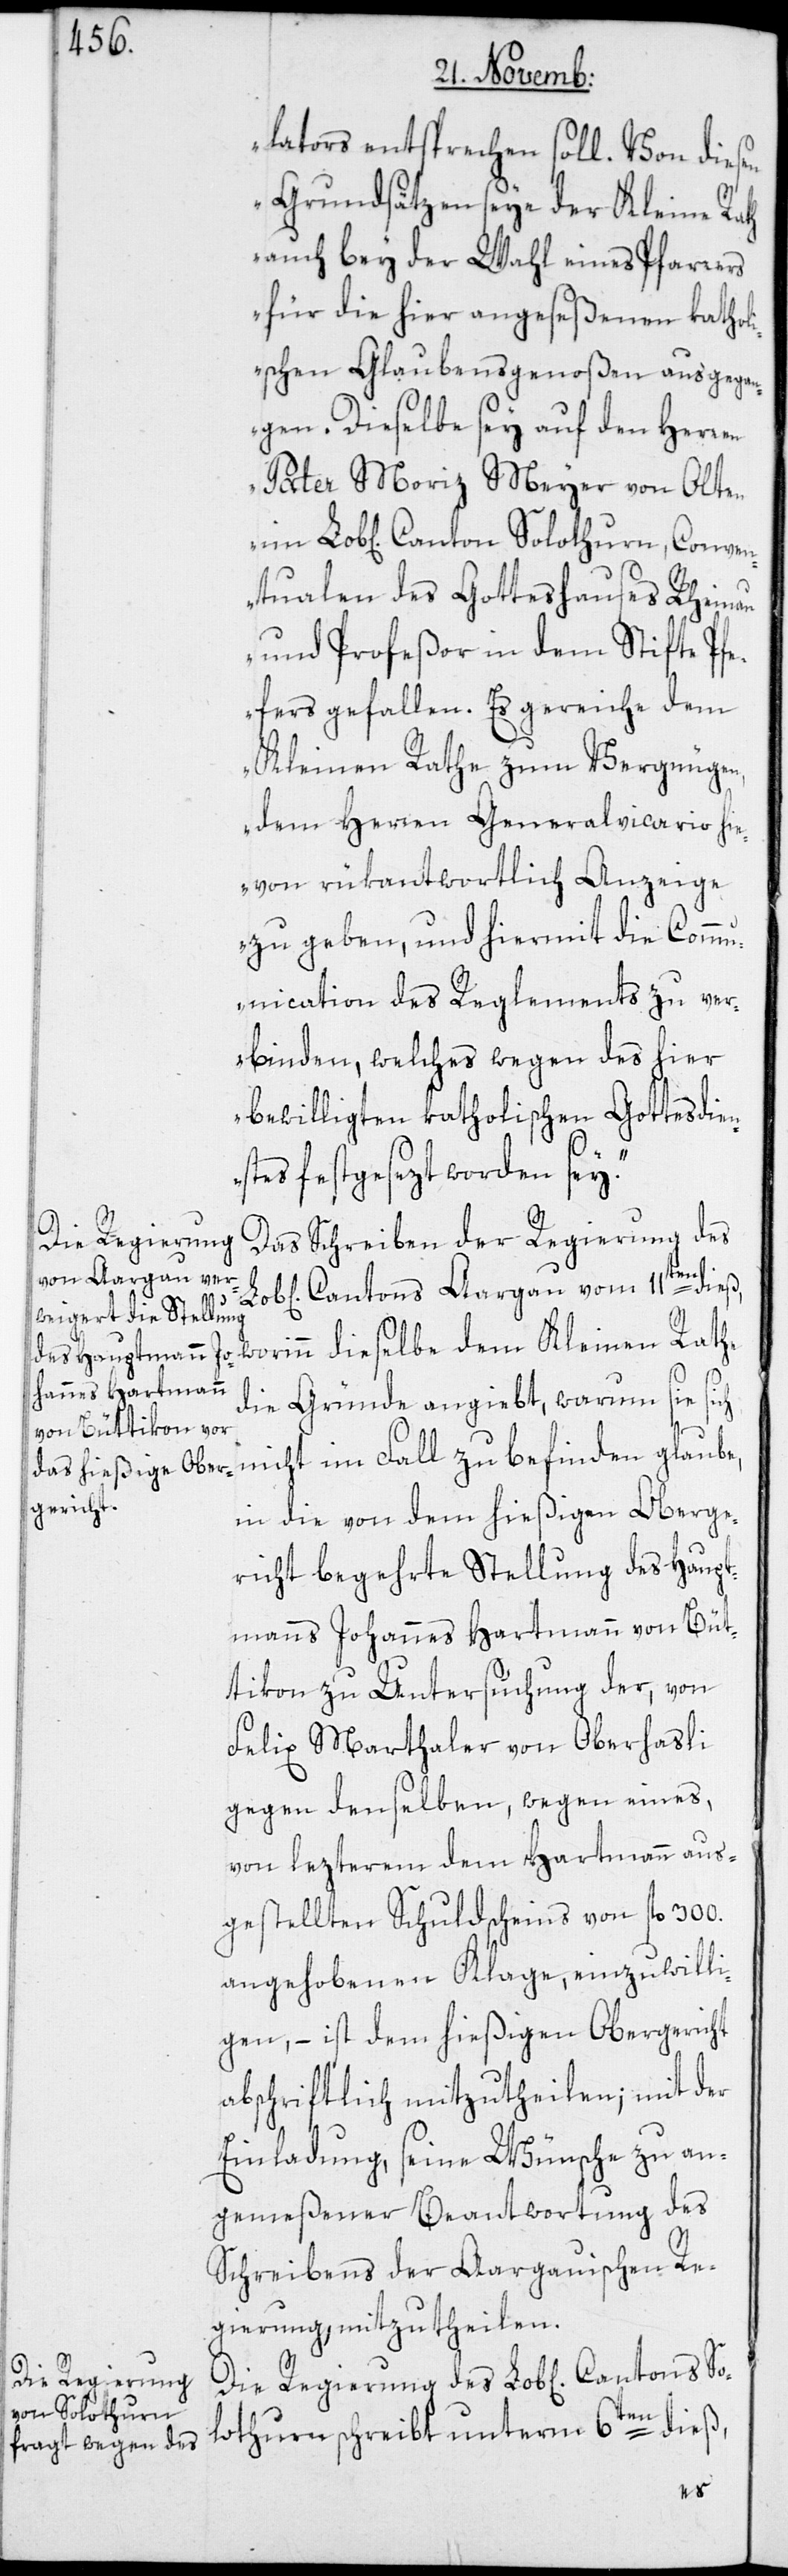
lators entsprechen soll. Von diesen
Grundsätzen seye der Kleine Ra¬
auch bey der Wahl eines Pfarrers
für die hier angeseßenen kathol¬
ischen Glaubensgenoßen ausgegan¬
gen. Dieselbe sey auf den Herren
Pater Moriz Meyer von Olten
tualen des Gotteshauses Rheina¬
u und Profeßor in dem Stifte Pfe¬
fers gefallen. Es gereiche dem
Kleinen Rathe zum Vergnügen,
dem Herren Generalvicario hie¬
von rükantwortlich Anzeige
zu geben, und hiermit die Comm¬
unication des Reglements zu ver¬
binden, welches wegen des hier
bewilligten katholischen Gottesdi¬
stes festgesezt worden sey.“
Das Schreiben der Regierung des
Cantons Aargau vom 11ten dieß,
die Gründe angiebt, warum sie sich
nicht im Fall zu befinden glaube,
in die von dem hießigen Oberge¬
richt begehrte Stellung des Haupt¬
manns Johannes Hartmann von Büt¬
tikon zu Untersuchung der, von
Felix Marthaler von Oberhasli
gegen denselben, wegen eines,
von lezterem dem Hartmann aus¬
gestellten Schuldscheins von fl. 300.
angehobenen Klage, einzuwilli¬
gen, – ist dem hießigen Obergericht
abschriftlich mitzutheilen; mit der
Einladung, seine Wünsche zu an¬
gemeßener Beantwortung des
Schreibens der Aargauischen Re¬
gierung, mitzutheilen.
Die Regierung
ton Solothurn,
lothurn schreibt unterm 6ten dieß,
So¬